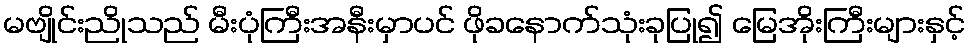
မဗျိုင်းညိုသည် မီးပုံကြီးအနီးမှာပင် ဖိုခနောက်သုံးခုပြု၍ မြေအိုးကြီးများနှင့်